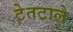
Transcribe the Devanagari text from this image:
टेतटाले